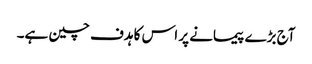
آج بڑے پیمانے پر اس کا ہدف چین ہے۔